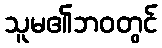
သူမ၏ဘဝတွင်